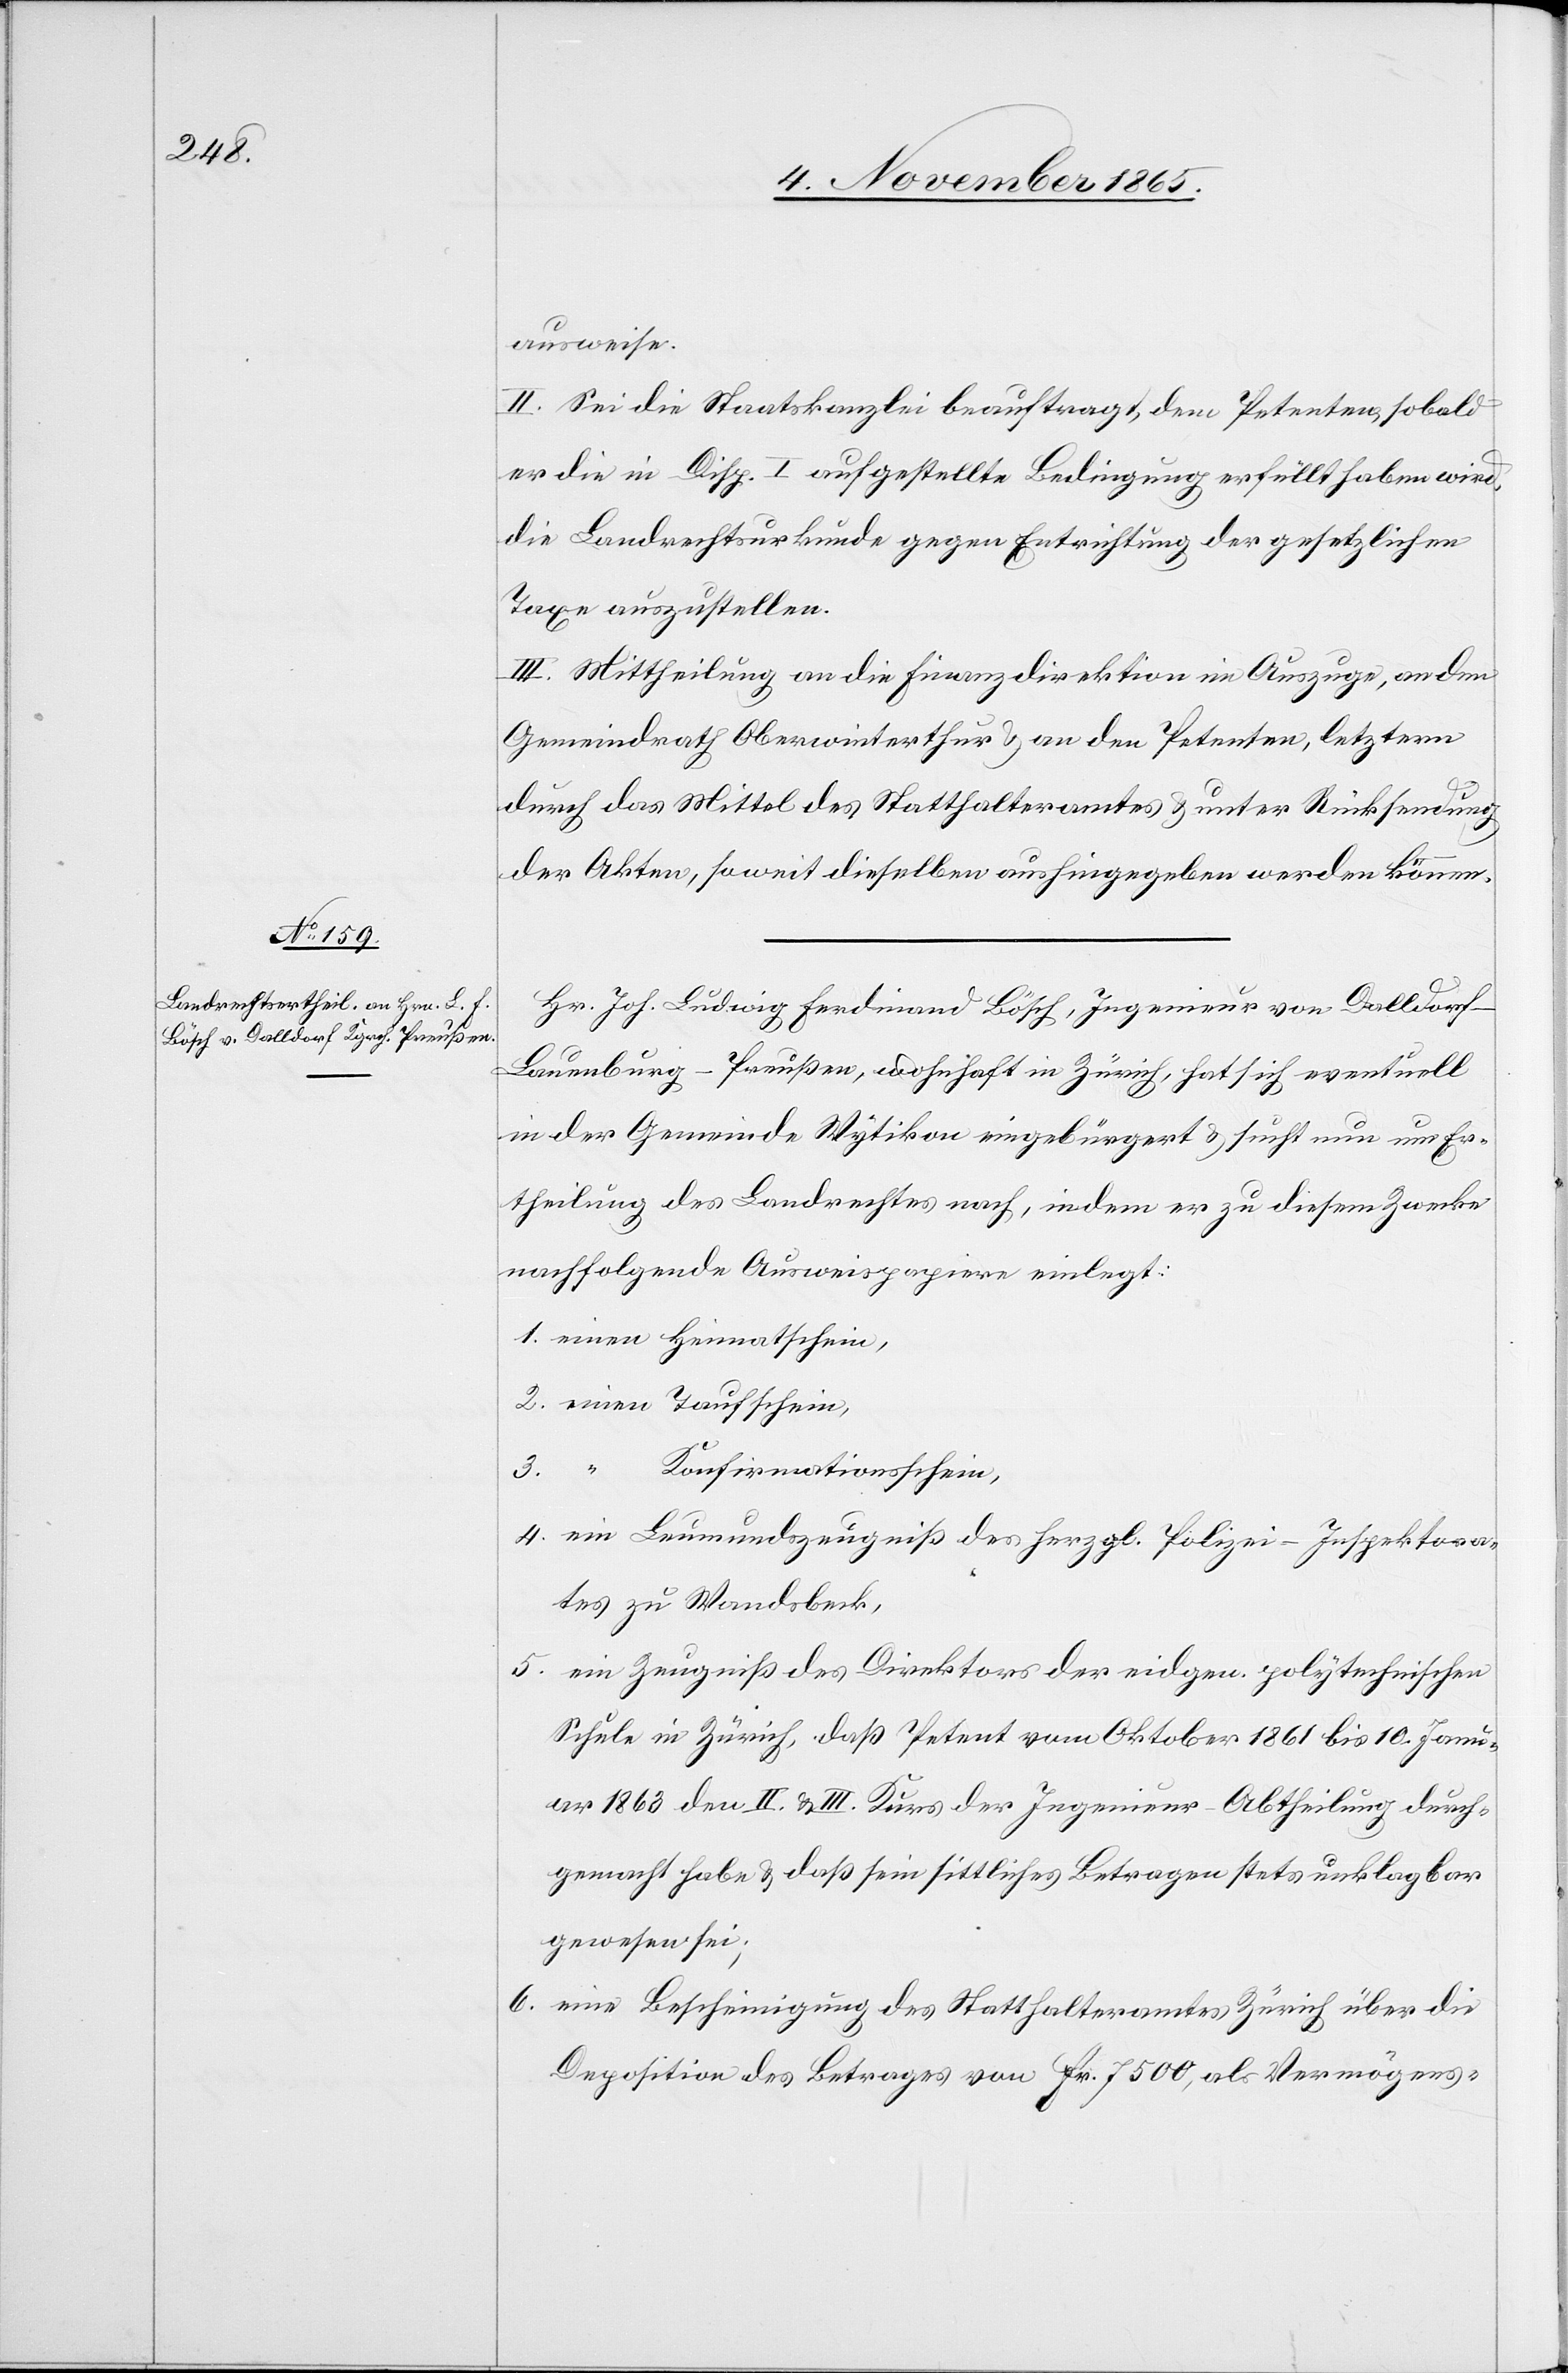
ausweise.
II. Sei die Staatskanzlei beauftragt, dem Petenten, sobald
er die in Disp. I aufgestellte Bedingung erfüllt haben wird,
die Landrechtsurkunde gegen Entrichtung der gesetzlichen
Taxe auszustellen.
III. Mittheilung an die Finanzdirektion im Auszuge, an den
Gemeindrath Oberwinterthur & an den Petenten, letztern
durch das Mittel des Statthalteramtes & unter Rücksendung
der Akten, soweit dieselben aushingegeben werden können.
Hr. Joh. Ludwig Ferdinand Bösch, Ingenieur von Dalldorf -
Lauenburg - Preußen, wohnhaft in Zürich, hat sich eventuell
in der Gemeinde Wytikon eingebürgert & sucht nun um Er¬
theilung des Landrechtes nach, indem er zu diesem Zwecke
nachfolgende Ausweispapiere einlegt:
1. einen Heimatschein,
2. einen Taufschein,
3. “
Konfirmationsschein,
4. ein Leumundszeugniß des herzogl. Polizei-Inspektora¬
tes zu Wandsbeck,
5. ein Zeugniß des Direktors der eidgen. polytechnischen
Schule in Zürich, daß Petent vom Oktober 1861 bis 10. Janu¬
ar 1863 den II. & III. Kurs der Ingenieur-Abtheilung durch¬
gemacht habe & daß sein sittliches Betragen stets unklagbar
gewesen sei,
6. eine Bescheinigung des Statthalteramtes Zürich über die
Deposition des Betrages von Fr. 7500, als Vermögens-